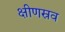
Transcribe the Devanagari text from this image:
क्षीणस्रव